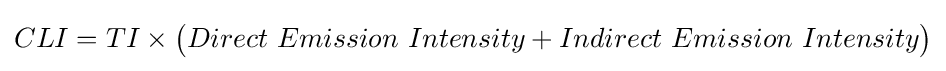
CLI=TI\times {\bigl (}Direct\ Emission\ Intensity+Indirect\ Emission\ Intensity{\bigr )}